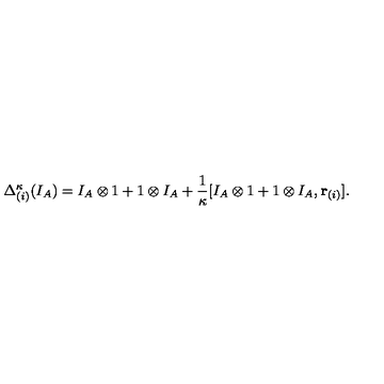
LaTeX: \Delta _ { ( i ) } ^ { \kappa } ( I _ { A } ) = I _ { A } \otimes 1 + 1 \otimes I _ { A } + \frac { 1 } { \kappa } [ I _ { A } \otimes 1 + 1 \otimes I _ { A } , { \bf r } _ { ( i ) } ] .